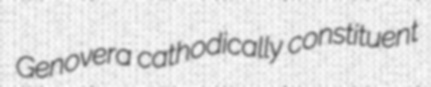
Genovera cathodically constituent